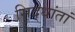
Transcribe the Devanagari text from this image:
सिद्धांतां